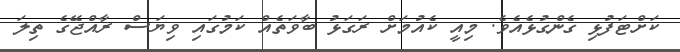
ކަށްޓަފުޅި ގެންގުޅެއެވެ. މިއީ ކެއުމަށް ރަގަޅު ބާވަތެއް ކަމުގައި ވިޔަސް ރާއްޖޭގެ ތިލަ